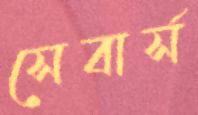
সেবার্স